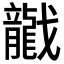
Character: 𱟡